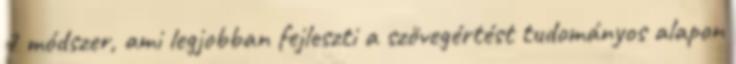
7 módszer, ami legjobban fejleszti a szövegértést tudományos alapon